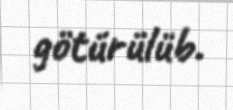
götürülüb.